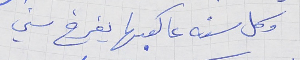
وكل سنه عا كعبها يفرخ سني